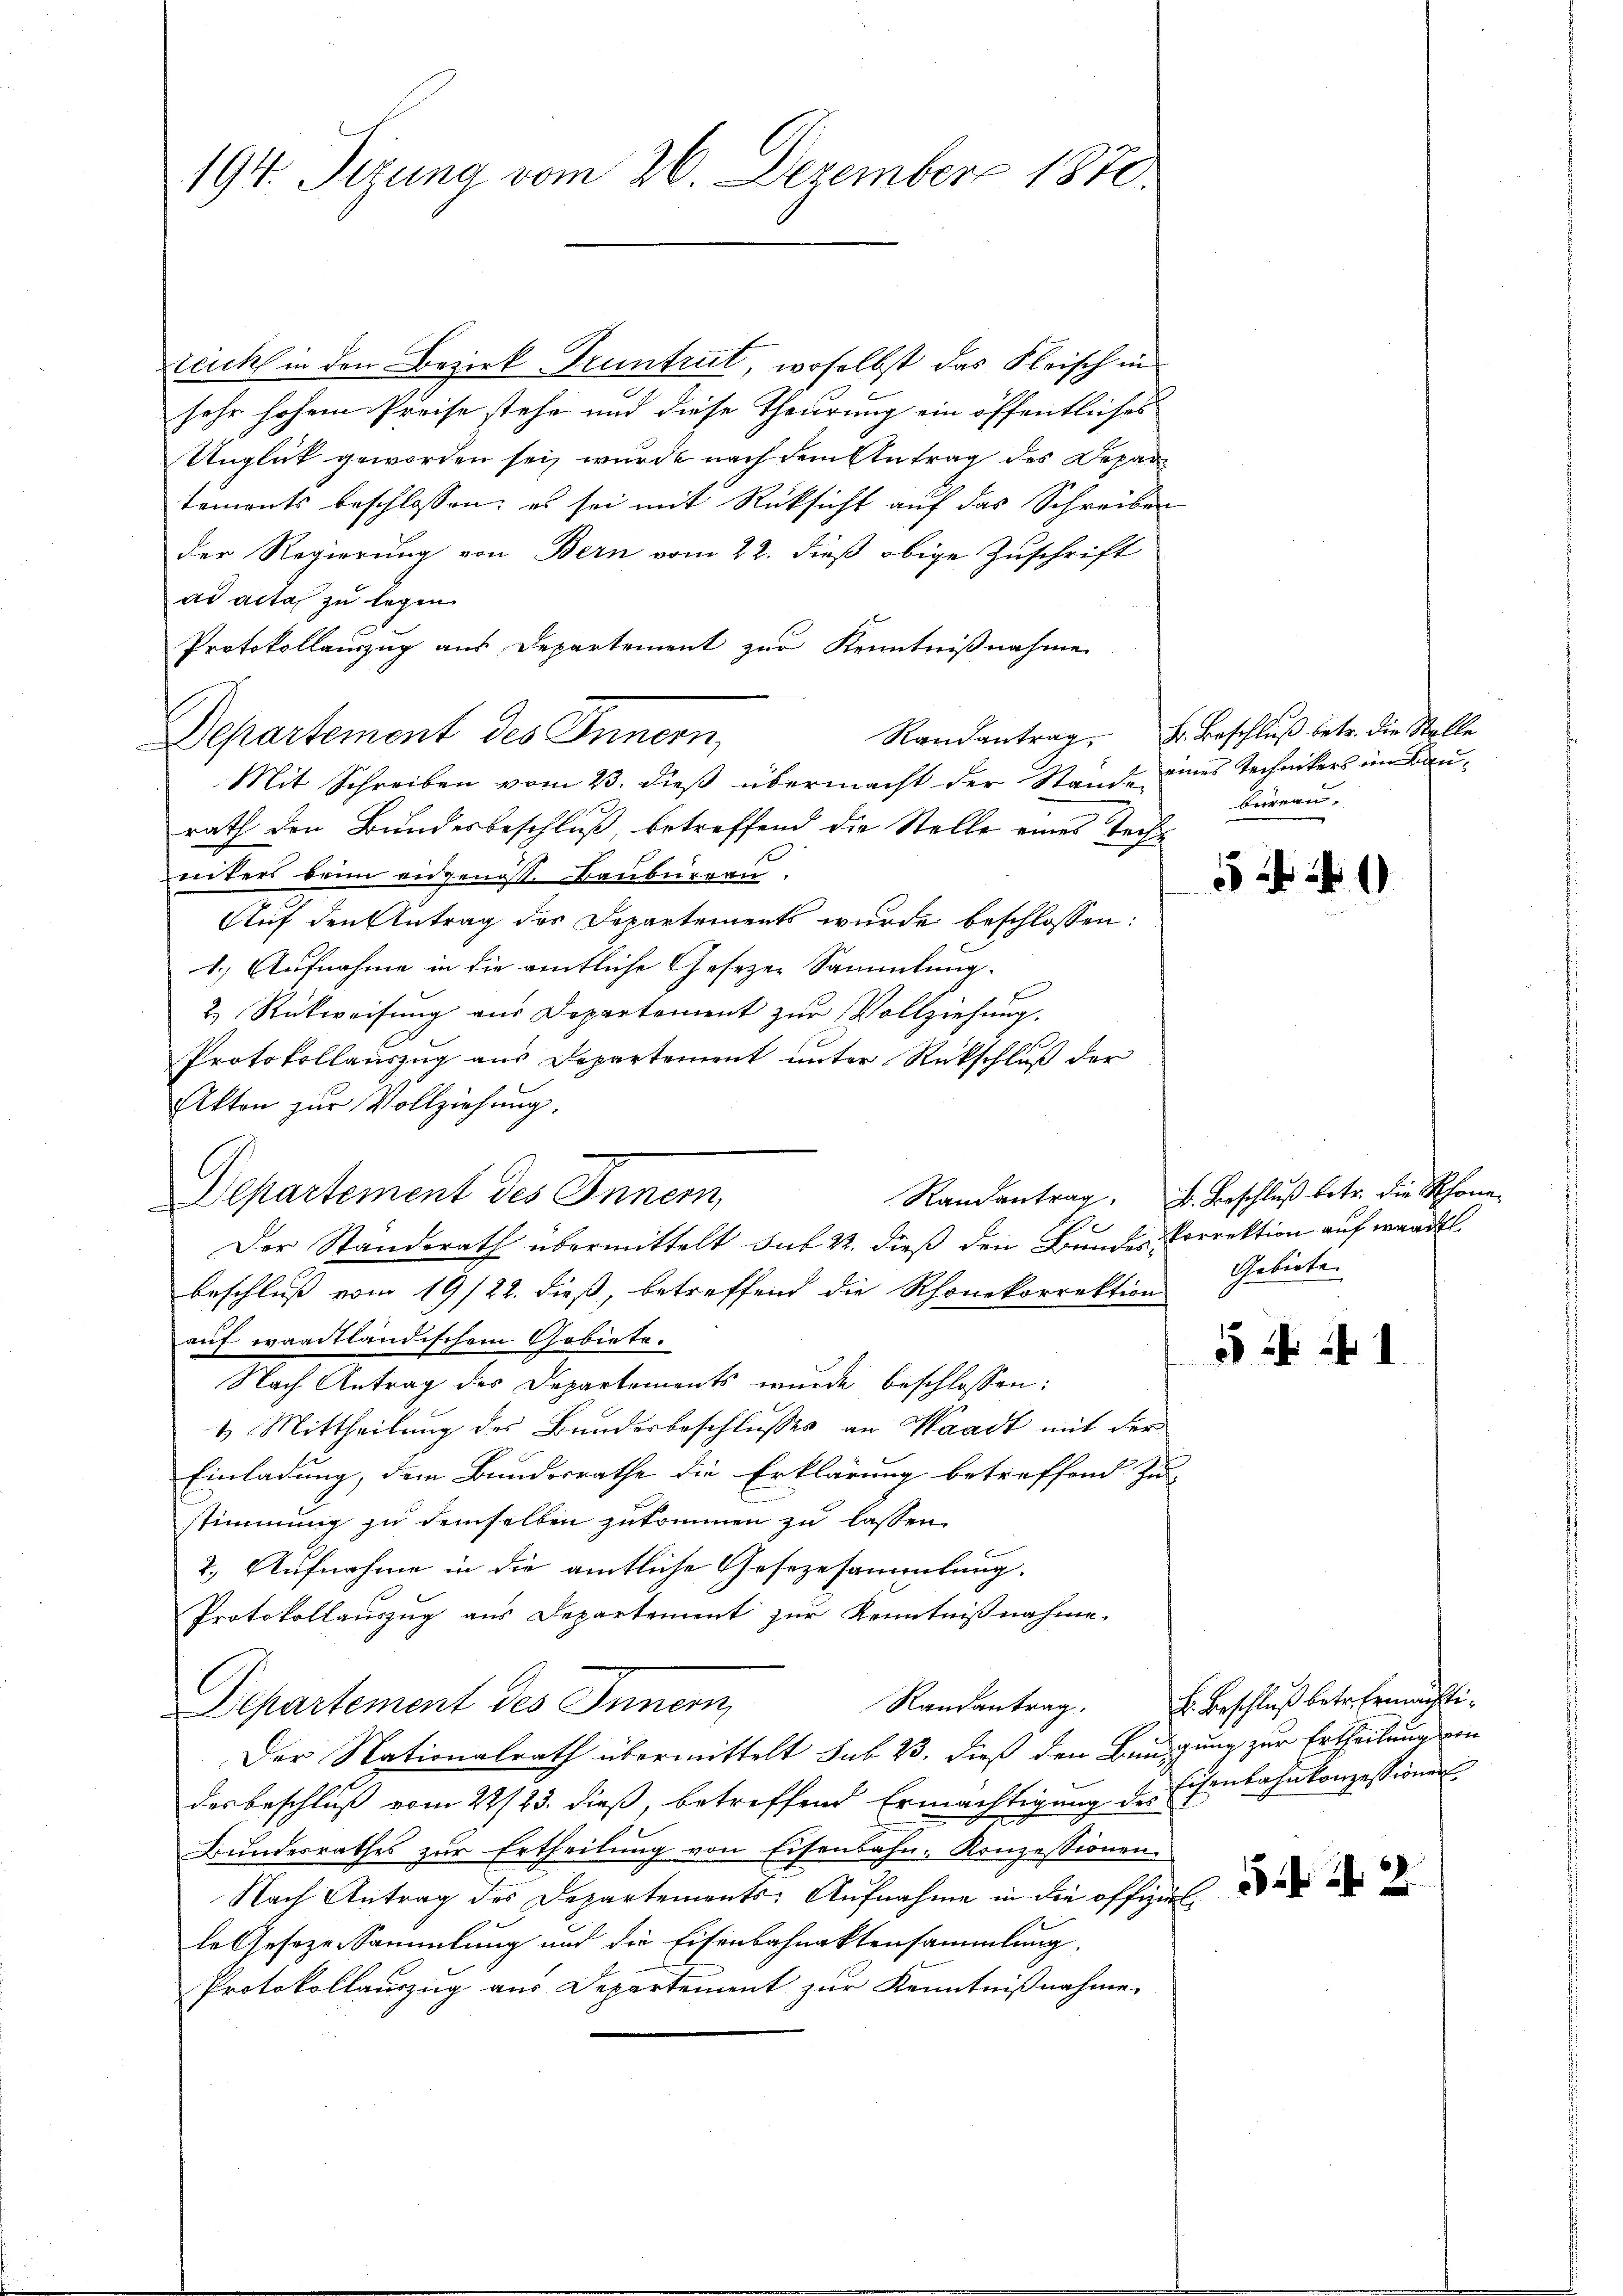
194. Sizung vom 26. Dezember 1870

zeich in den Bezirk Pruntrut, woselbst das Fleisch in
sehr hohem Preise stehe und diese Theurung ein öffentliches
Unglück geworden sei, wurde nach dem Antrag des Departemonts beschlossen: es sei mit Rücksicht auf das Schreiben
Der Regierung von Bern vom 22. dieß obige Zuschrift
ad acta zu legen.
Protokollauszug aus Departement zur Kenntnißnahme
Departemont des Innern,
Mit Schreiben vom 23. dieß übermacht der Stande unes Technikers im Baurath den Bundesbeschluß, betreffend die Stelle eines Techinters brin engenos. Bauburren.
Auf den Antrag des Departements wurde beschlossen:
1.) Aufnahme in die amtliche Gesezen Sammlung.
2.) Rückweisung aus Departement zur Vollziehung.
Protokollauszug aus Departement unter Rückschluß der
Akten zur Vollziehung.
Departement des Innern,
t
Der Standerath übermittelt sub 22. dieß den Bundes Vorrektion auf waadtl
beschluß vom 19/22. dieß, betreffend die Rhonekorrektion Gebiete
auf waadtländischem Gebiete.
Nach Antrag des Departements wurde beschlossen:
4 Mittheilung des Bundesbeschlusses an Waadt mit der
Einladung, dem Bundesrathe die Erklärung betreffend Zu-
stimmung zu demselben zukommen zu lassen.
2.) Aufnahme in die amtliche Gesezesammlung.
Protokollauszug aus Departement zur Kenntnißnahme.
Departement des Innern,
Der Nationalrath übermittelt sub 23. dieß den Bausung zur Ertheilung von
desbeschluß vom 22/23. dieß, betreffend Ermächtigung der Eisenbahnkonzessionen
Bŭndesrathes zŭr Ertheilŭng von Eisenbahn-Konzessionen.
Nach Antrag des Departements-Aufnahme in die offiziel
le Geseze Sammlung und die Eisenbahnaktensammlung
Protokollauszug aus Departement zur Kenntnißnahme

Randantrag. B. Beschluß betr. die Stelle
büreau.

540

Randantrag. B. Beschluß betr. die Rhone

41

Randantrag. 2. Beschluß betr. Ermächti¬

5